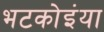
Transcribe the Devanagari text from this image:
भटकोइंया